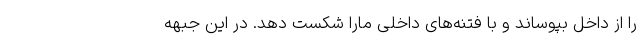
را از داخل بپوساند و با فتنه‌های داخلی مارا شکست دهد. در این جبهه